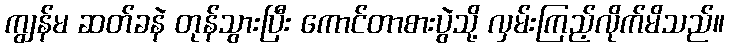
ကျွန်မ ဆတ်ခနဲ တုန်သွားပြီး ကောင်တာစားပွဲသို့ လှမ်းကြည့်လိုက်မိသည်။